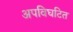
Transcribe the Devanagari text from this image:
अपविघटित